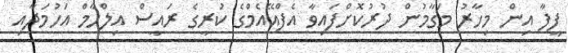
ފީފާ އިން މިހާރު މަގާމުން ދުރުކޮށްފައިވާ އެފްއޭއެމްގެ ކުރީގެ ރައީސް އިލްހާމް އަހުމަދާއި